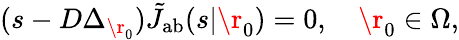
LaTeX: (s-D\Delta_{\r_{0}})\tilde{J}_{\mathrm{{ab}}}(s|\r_{0})=0,\quad\r_{0}\in\Omega,